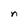
Character: n